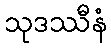
သုဒဿီနံ